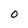
Character: O